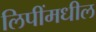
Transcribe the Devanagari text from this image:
लिपींमधील